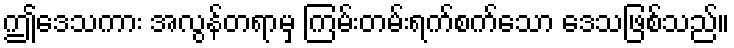
ဤဒေသကား အလွန်တရာမှ ကြမ်းတမ်းရက်စက်သော ဒေသဖြစ်သည်။